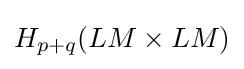
H_{p+q}(LM\times LM)